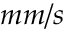
m m / s